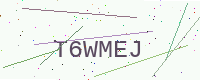
Text: T6WMEJ